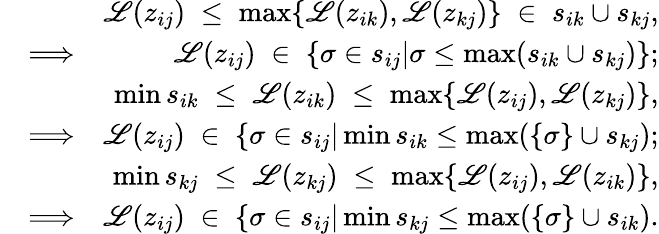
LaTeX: \begin{array}{rlr}&{}&{\mathscr{L}(z_{ij})\; \le\; \operatorname*{max}\{ \mathscr{L}(z_{ik}),\mathscr{L}(z_{kj})\} \; \in\; s_{ik}\cup s_{kj},}\\ &{\Longrightarrow}&{\mathscr{L}(z_{ij})\; \in\; \{ \sigma\in s_{ij}|\sigma\leq\operatorname*{max}(s_{ik}\cup s_{kj})\} ;}\\ &{}&{\operatorname*{min}s_{ik}\; \le\; \mathscr{L}(z_{ik})\; \le\; \operatorname*{max}\{ \mathscr{L}(z_{ij}),\mathscr{L}(z_{kj})\} ,}\\ &{\Longrightarrow}&{\mathscr{L}(z_{ij})\; \in\; \{ \sigma\in s_{ij}|\operatorname*{min}s_{ik}\le\operatorname*{max}(\{ \sigma\} \cup s_{kj});}\\ &{}&{\operatorname*{min}s_{kj}\; \le\; \mathscr{L}(z_{kj})\; \le\; \operatorname*{max}\{ \mathscr{L}(z_{ij}),\mathscr{L}(z_{ik})\} ,}\\ &{\Longrightarrow}&{\mathscr{L}(z_{ij})\; \in\; \{ \sigma\in s_{ij}|\operatorname*{min}s_{kj}\le\operatorname*{max}(\{ \sigma\} \cup s_{ik}).}\end{array}